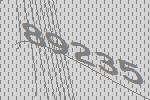
89235